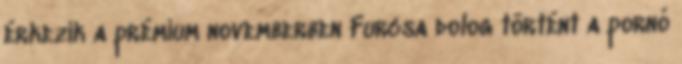
érkezik a prémium novemberben Furcsa dolog történt a pornó